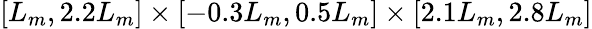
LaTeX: [L_{m},2.2L_{m}]\times[-0.3L_{m},0.5L_{m}]\times[2.1L_{m},2.8L_{m}]